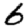
Digit: 6